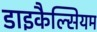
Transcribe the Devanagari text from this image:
डाइकैल्सियम